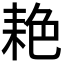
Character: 𬚐